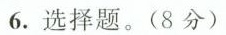
6.选择题。(8分)